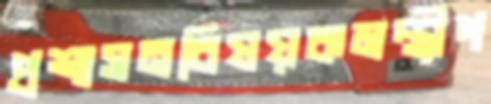
প্রশাসনবিষয়কমন্ত্রীপ